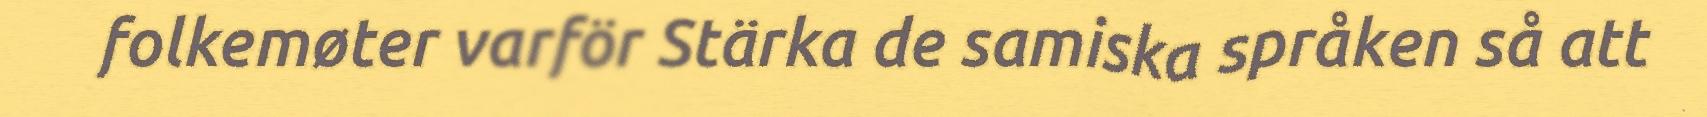
folkemøter varför Stärka de samiska språken så att